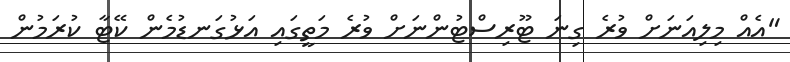
"އެއް މިލިއަނަށް ވުރެ ގިނަ ޓޫރިސްޓުންނަށް ވުރެ މަތީގައި އަޅުގަނޑުމެން ކޭޓާ ކުރަމުން